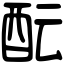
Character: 酝